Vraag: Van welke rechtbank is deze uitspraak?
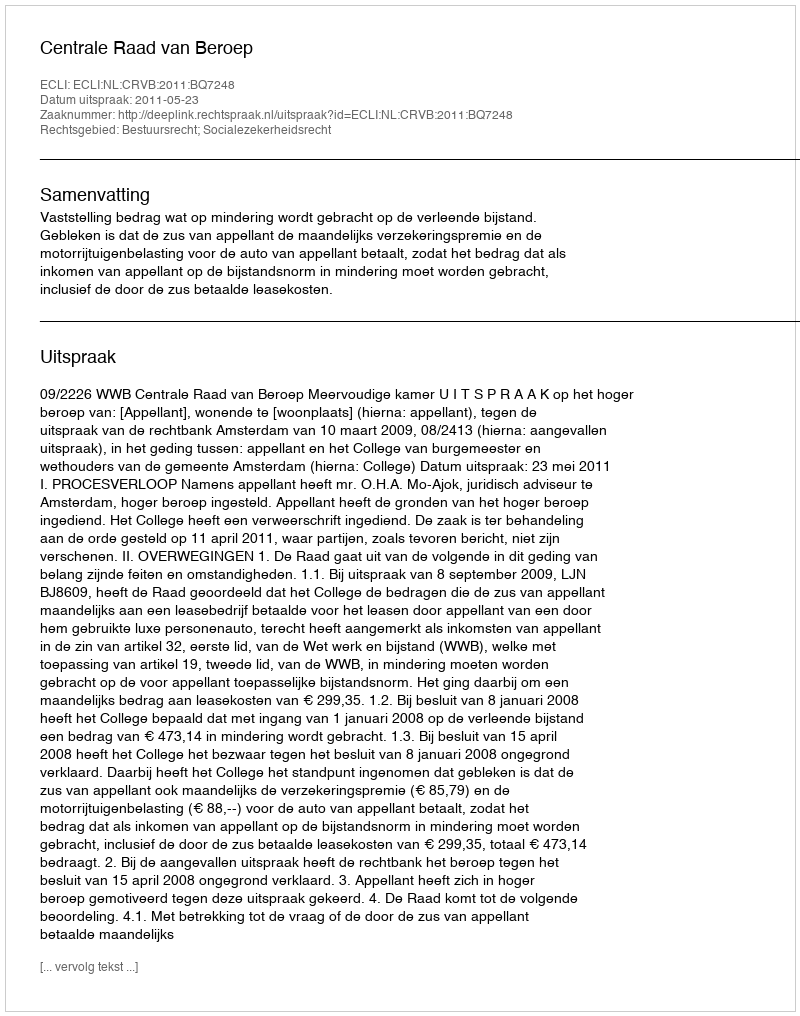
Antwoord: Centrale Raad van Beroep